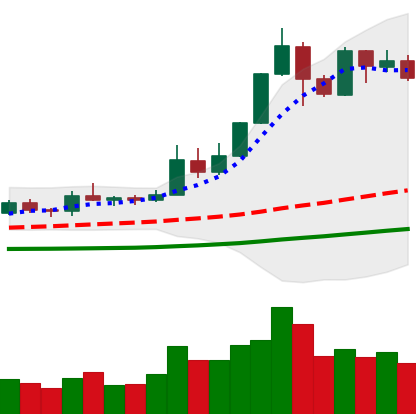
Ticker: ETH-USD
Chart end date: 2019-05-22
Forward return: 11.509%
Label: up_7plus